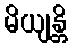
မိယျန္တိ